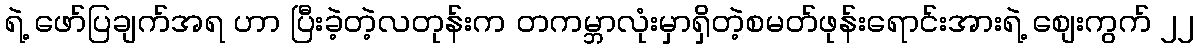
ရဲ့ ဖော်ပြချက်အရ ဟာ ပြီးခဲ့တဲ့လတုန်းက တကမ္ဘာလုံးမှာရှိတဲ့စမတ်ဖုန်းရောင်းအားရဲ့ စျေးကွက် ၂၂